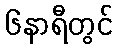
၆နာရီတွင်